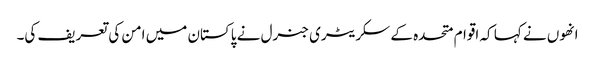
انھوں نے کہا کہ اقوام متحدہ کے سکریٹری جنرل نے پاکستان میں امن کی تعریف کی۔